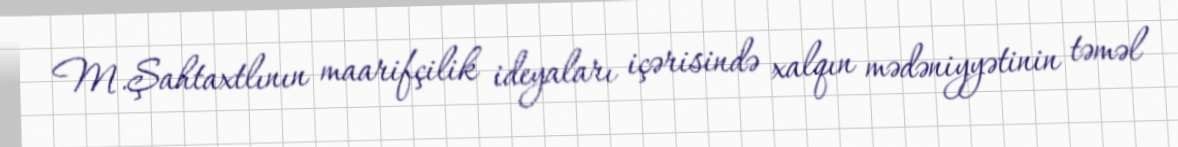
M.Şahtaxtlının maarifçilik ideyaları içərisində xalqın mədəniyyətinin təməl